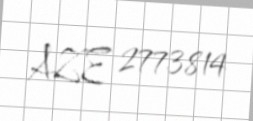
AZE 2773814